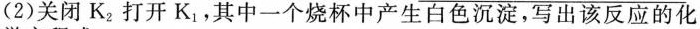
(2)关闭K_{2}打开K_{1}，其中一个烧杯中产生白色沉淀，写出该反应的化